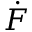
\dot { F }